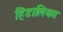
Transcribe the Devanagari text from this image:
हिंडालियम